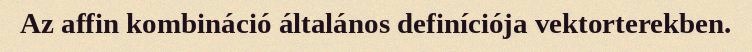
Az affin kombináció általános definíciója vektorterekben.